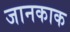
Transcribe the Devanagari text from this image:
जानकाक